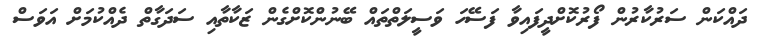
ދައްކަން ސަރުކާރުން ފޯރުކޮށްދީފައިވާ ފަސޭހަ ވަސީލަތްތައް ބޭނުންކޮށްގެން ޒަކާތާއި ސަދަގާތް ދެއްކުމަށް އަވަސް